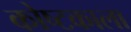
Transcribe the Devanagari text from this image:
कोष्टकाला